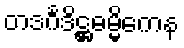
တဒင်္ဂဒိဋ္ဌဓမ္မိကေန